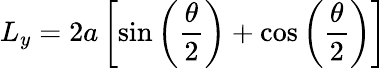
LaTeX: L_{y}=2a\left[\sin\left(\frac{\theta}{2}\right)+\cos\left(\frac{\theta}{2}\right)\right]